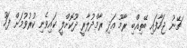
ޗޭނު ޖަހާފައި ބޭތިއްބި ރާމޫ އަދި ރާމްދުލާރީ ދޫކޮށްލީ ކައިވެނި ކުރުވުމަށް ފަހު